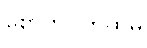
စောက်ပတ်ထဲမှ